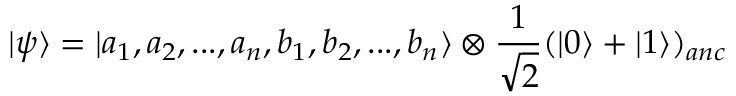
\vert \psi \rangle = \vert a _ { 1 } , a _ { 2 } , . . . , a _ { n } , b _ { 1 } , b _ { 2 } , . . . , b _ { n } \rangle \otimes \frac { 1 } { \sqrt { 2 } } ( \vert 0 \rangle + \vert 1 \rangle ) _ { a n c }